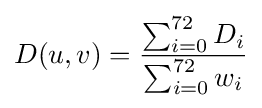
D(u,v)={\frac {\sum _{i=0}^{72}D_{i}}{\sum _{i=0}^{72}w_{i}}}